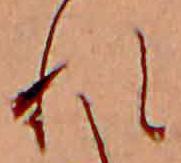
れ